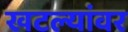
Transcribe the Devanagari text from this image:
खटल्यांवर